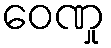
ဝေဏှု